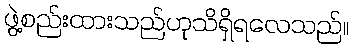
ဖွဲ့စည်းထားသည်ဟုသိရှိရလေသည်။